Indian journal of veterinary science and animal husbandry - Volume 3,
Year: 1933
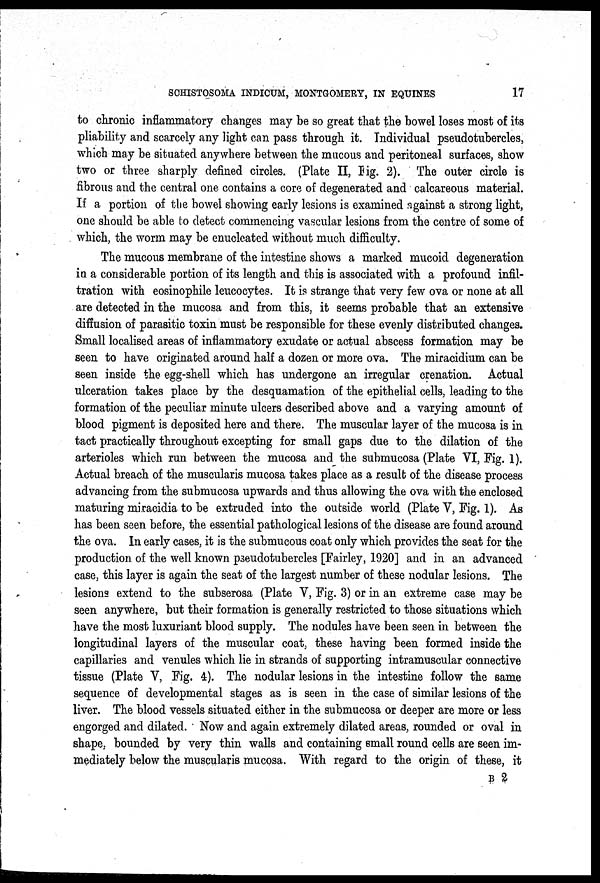
SCHISTOSOMA INDICUM, MONTGOMERY, IN EQUINES
17
to chronic inflammatory changes may be so great that the bowel loses most of its
pliability and scarcely any light can pass through it. Individual pseudotubercles,
which may be situated anywhere between the mucous and peritoneal surfaces, show
two or three sharply defined circles. (Plate II, Fig, 2). The outer circle is
fibrous and the central one contains a core of degenerated and calcareous material.
If a portion of the bowel showing early lesions is examined against a strong light,
one should be able to detect commencing vascular lesions from the centre of some of
which, the worm may be enucleated without much difficulty.
The mucous membrane of the intestine shows a marked mucoid degeneration
in a considerable portion of its length and this is associated with a profound infil-
tration with eosinophile leucocytes. It is strange that very few ova or none at all
are detected in the mucosa and from this, it seems probable that an extensive
diffusion of parasitic toxin must be responsible for these evenly distributed changes.
Small localised areas of inflammatory exudate or actual abscess formation may be
seen to have originated around half a dozen or more ova. The miracidium can be
seen inside the egg-shell which has undergone an irregular crenation. Actual
ulceration takes place by the desquamation of the epithelial cells, leading to the
formation of the peculiar minute ulcers described above and a varying amount of
blood pigment is deposited here and there. The muscular layer of the mucosa is in
tact practically throughout excepting for small gaps due to the dilation of the
arterioles which run between the mucosa and the submucosa (Plate VI, Fig. 1).
Actual breach of the muscularis mucosa takes place as a result of the disease process
advancing from the submucosa upwards and thus allowing the ova with the enclosed
maturing miracidia to be extruded into the outside world (Plate V, Fig. 1). As
has been seen before, the essential pathological lesions of the disease are found around
the ova. In early cases, it is the submucous coat only which provides the seat for the
production of the well known pseudotubercles [Fairley, 1920] and in an advanced
case, this layer is again the seat of the largest number of these nodular lesions. The
lesions extend to the subserosa (Plate V, Fig. 3) or in an extreme case may be
seen anywhere, but their formation is generally restricted to those situations which
have the most luxuriant blood supply. The nodules have been seen in between the
longitudinal layers of the muscular coat, these having been formed inside the
capillaries and venules which lie in strands of supporting intramuscular connective
tissue (Plate V, Fig. 4). The nodular lesions in the intestine follow the same
sequence of developmental stages as is seen in the case of similar lesions of the
liver. The blood vessels situated either in the submucosa or deeper are more or less
engorged and dilated. Now and again extremely dilated areas, rounded or oval in
shape, bounded by very thin walls and containing small round cells are seen im-
mediately below the muscularis mucosa. With regard to the origin of these, it
B 2